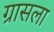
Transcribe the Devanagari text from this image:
ग्रासला